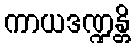
ကာယဒဏ္ဍန္တိ